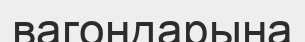
вагондарына